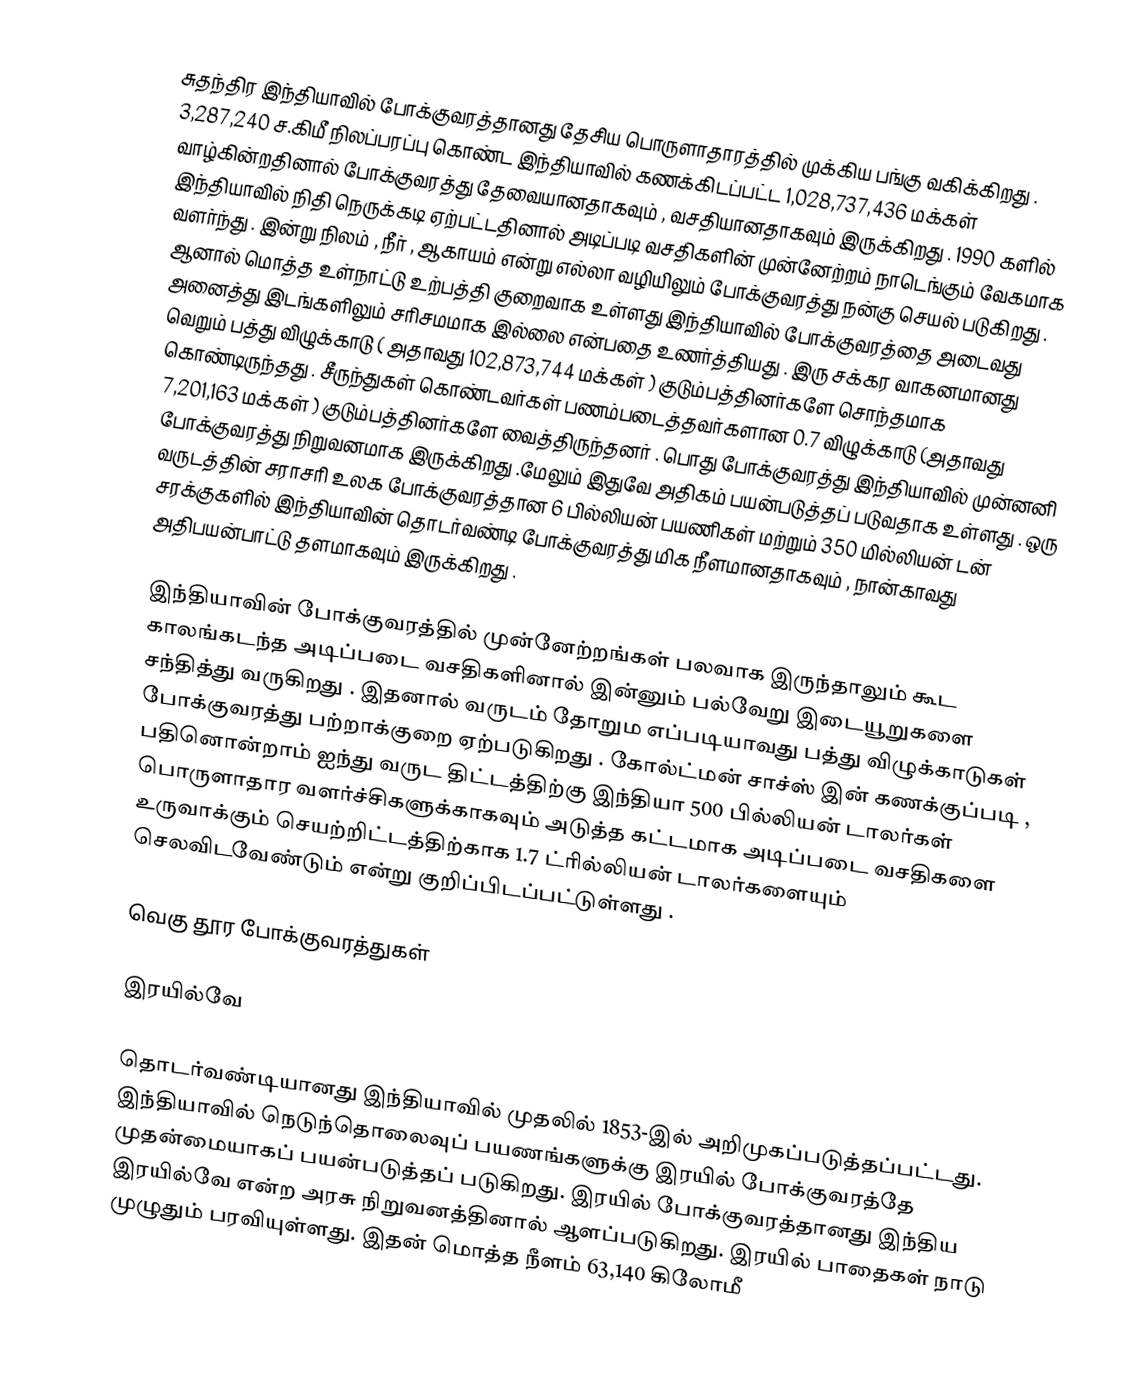
சுதந்திர இந்தியாவில் போக்குவரத்தானது தேசிய பொருளாதாரத்தில் முக்கிய பங்கு வகிக்கிறது . 3,287,240 ச.கிமீ  நிலப்பரப்பு கொண்ட இந்தியாவில் கணக்கிடப்பட்ட 1,028,737,436 மக்கள் வாழ்கின்றதினால் போக்குவரத்து தேவையானதாகவும் , வசதியானதாகவும் இருக்கிறது . 1990 களில் இந்தியாவில் நிதி நெருக்கடி ஏற்பட்டதினால் அடிப்படி வசதிகளின் முன்னேற்றம் நாடெங்கும் வேகமாக வளர்ந்து . இன்று நிலம் , நீர் , ஆகாயம் என்று எல்லா வழியிலும் போக்குவரத்து நன்கு செயல் படுகிறது . ஆனால் மொத்த உள்நாட்டு உற்பத்தி குறைவாக உள்ளது இந்தியாவில் போக்குவரத்தை அடைவது அனைத்து இடங்களிலும் சரிசமமாக இல்லை என்பதை உணர்த்தியது . இரு சக்கர வாகனமானது வெறும் பத்து விழுக்காடு ( அதாவது 102,873,744 மக்கள் ) குடும்பத்தினர்களே சொந்தமாக கொண்டிருந்தது . சீருந்துகள் கொண்டவர்கள் பணம்படைத்தவர்களான 0.7  விழுக்காடு (அதாவது 7,201,163 மக்கள் ) குடும்பத்தினர்களே வைத்திருந்தனர் . பொது போக்குவரத்து இந்தியாவில் முன்னனி போக்குவரத்து   நிறுவனமாக இருக்கிறது .மேலும் இதுவே அதிகம் பயன்படுத்தப் படுவதாக உள்ளது . ஒரு வருடத்தின் சராசரி உலக போக்குவரத்தான 6 பில்லியன் பயணிகள் மற்றும் 350 மில்லியன் டன் சரக்குகளில் இந்தியாவின் தொடர்வண்டி போக்குவரத்து மிக நீளமானதாகவும் , நான்காவது அதிபயன்பாட்டு தளமாகவும் இருக்கிறது .

இந்தியாவின் போக்குவரத்தில் முன்னேற்றங்கள் பலவாக இருந்தாலும் கூட காலங்கடந்த அடிப்படை வசதிகளினால் இன்னும் பல்வேறு இடையூறுகளை சந்தித்து வருகிறது . இதனால் வருடம் தோறும எப்படியாவது பத்து விழுக்காடுகள் போக்குவரத்து பற்றாக்குறை ஏற்படுகிறது . கோல்ட்மன் சாச்ஸ் இன் கணக்குப்படி , பதினொன்றாம் ஐந்து வருட திட்டத்திற்கு இந்தியா 500 பில்லியன் டாலர்கள் பொருளாதார வளர்ச்சிகளுக்காகவும்  அடுத்த கட்டமாக அடிப்படை வசதிகளை உருவாக்கும் செயற்றிட்டத்திற்காக  1.7 ட்ரில்லியன் டாலர்களையும் செலவிடவேண்டும் என்று குறிப்பிடப்பட்டுள்ளது .

வெகு தூர போக்குவரத்துகள்

இரயில்வே

தொடர்வண்டியானது இந்தியாவில் முதலில் 1853-இல் அறிமுகப்படுத்தப்பட்டது. இந்தியாவில் நெடுந்தொலைவுப் பயணங்களுக்கு இரயில் போக்குவரத்தே முதன்மையாகப் பயன்படுத்தப் படுகிறது. இரயில் போக்குவரத்தானது இந்திய இரயில்வே என்ற அரசு நிறுவனத்தினால் ஆளப்படுகிறது. இரயில் பாதைகள் நாடு முழுதும் பரவியுள்ளது. இதன் மொத்த நீளம் 63,140 கிலோமீ